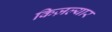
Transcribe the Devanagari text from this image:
किज़ल्यार